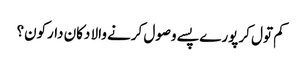
کم تول کر پورے پسے وصول کرنے والا دکان دارکون؟